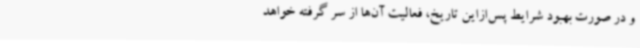
و در صورت بهبود شرایط پس‌ازاین تاریخ، فعالیت آن‌ها از سر گرفته خواهد